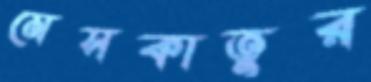
মেসকাতুর